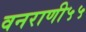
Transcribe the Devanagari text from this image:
वनराणी५५